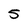
Character: 5